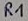
Text: R1